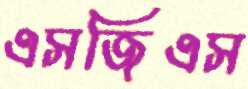
এসজিএস